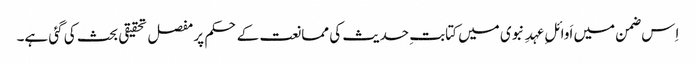
اِس ضمن میں اَوائلِ عہدِ نبوی میں کتابتِ حدیث کی ممانعت کے حکم پر مفصل تحقیقی بحث کی گئی ہے۔